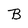
Character: B